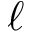
\ell